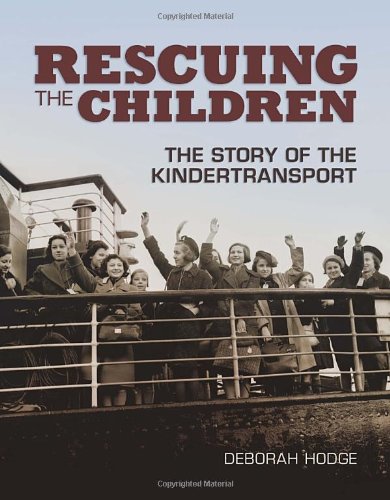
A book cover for Rescuing the Children: The Story of the Kindertransport; Deborah Hodge; Children's Books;